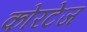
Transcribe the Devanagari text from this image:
कोरटेज